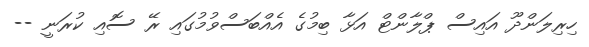
ހިރިލަންދޫ އައިސް ޕްލާންޓް އަޅާ ބިމުގެ އެއްބަސްވުމުގައި ރޭ ސޮއި ކުރަނީ --